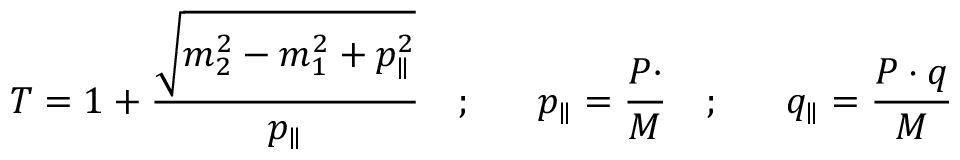
T = 1 + \frac { \sqrt { m _ { 2 } ^ { 2 } - m _ { 1 } ^ { 2 } + p _ { \parallel } ^ { 2 } } } { p _ { \parallel } } \ \ \ ; \ \ \ \ \ p _ { \parallel } = \frac { P \cdotp } { M } \ \ \ ; \ \ \ \ \ q _ { \parallel } = \frac { P \cdot q } { M }